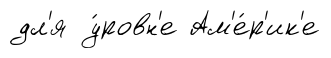
дл'я у́ровн'е Ам'е́р'ик'е